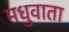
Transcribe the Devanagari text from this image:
मधुवाता